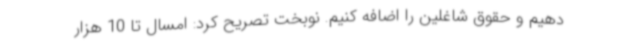
دهیم و حقوق شاغلین را اضافه کنیم. نوبخت تصریح کرد: امسال تا 10 هزار